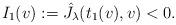
LaTeX: \begin{align*} I_1(v) := \hat J_\lambda(t_1(v),v) < 0.\end{align*}